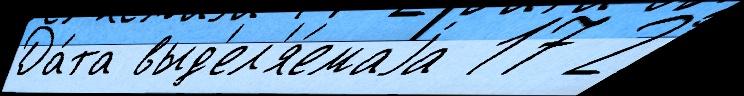
Да́та выд'ел'я́емаjа 17 2